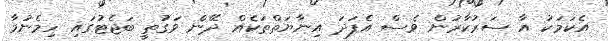
އެކަމަކު އާ ސަރުކާރުން ވެސް އެފަދަ އިނާޔަތްތަކެއް ދޭން ވަގުތީ ބަޖެޓުގައި ހިމެނުމާ